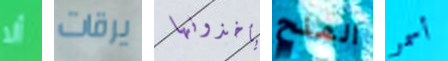
ألا يرقات يأخذونها المنح أسمر